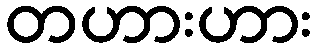
တဟားဟား